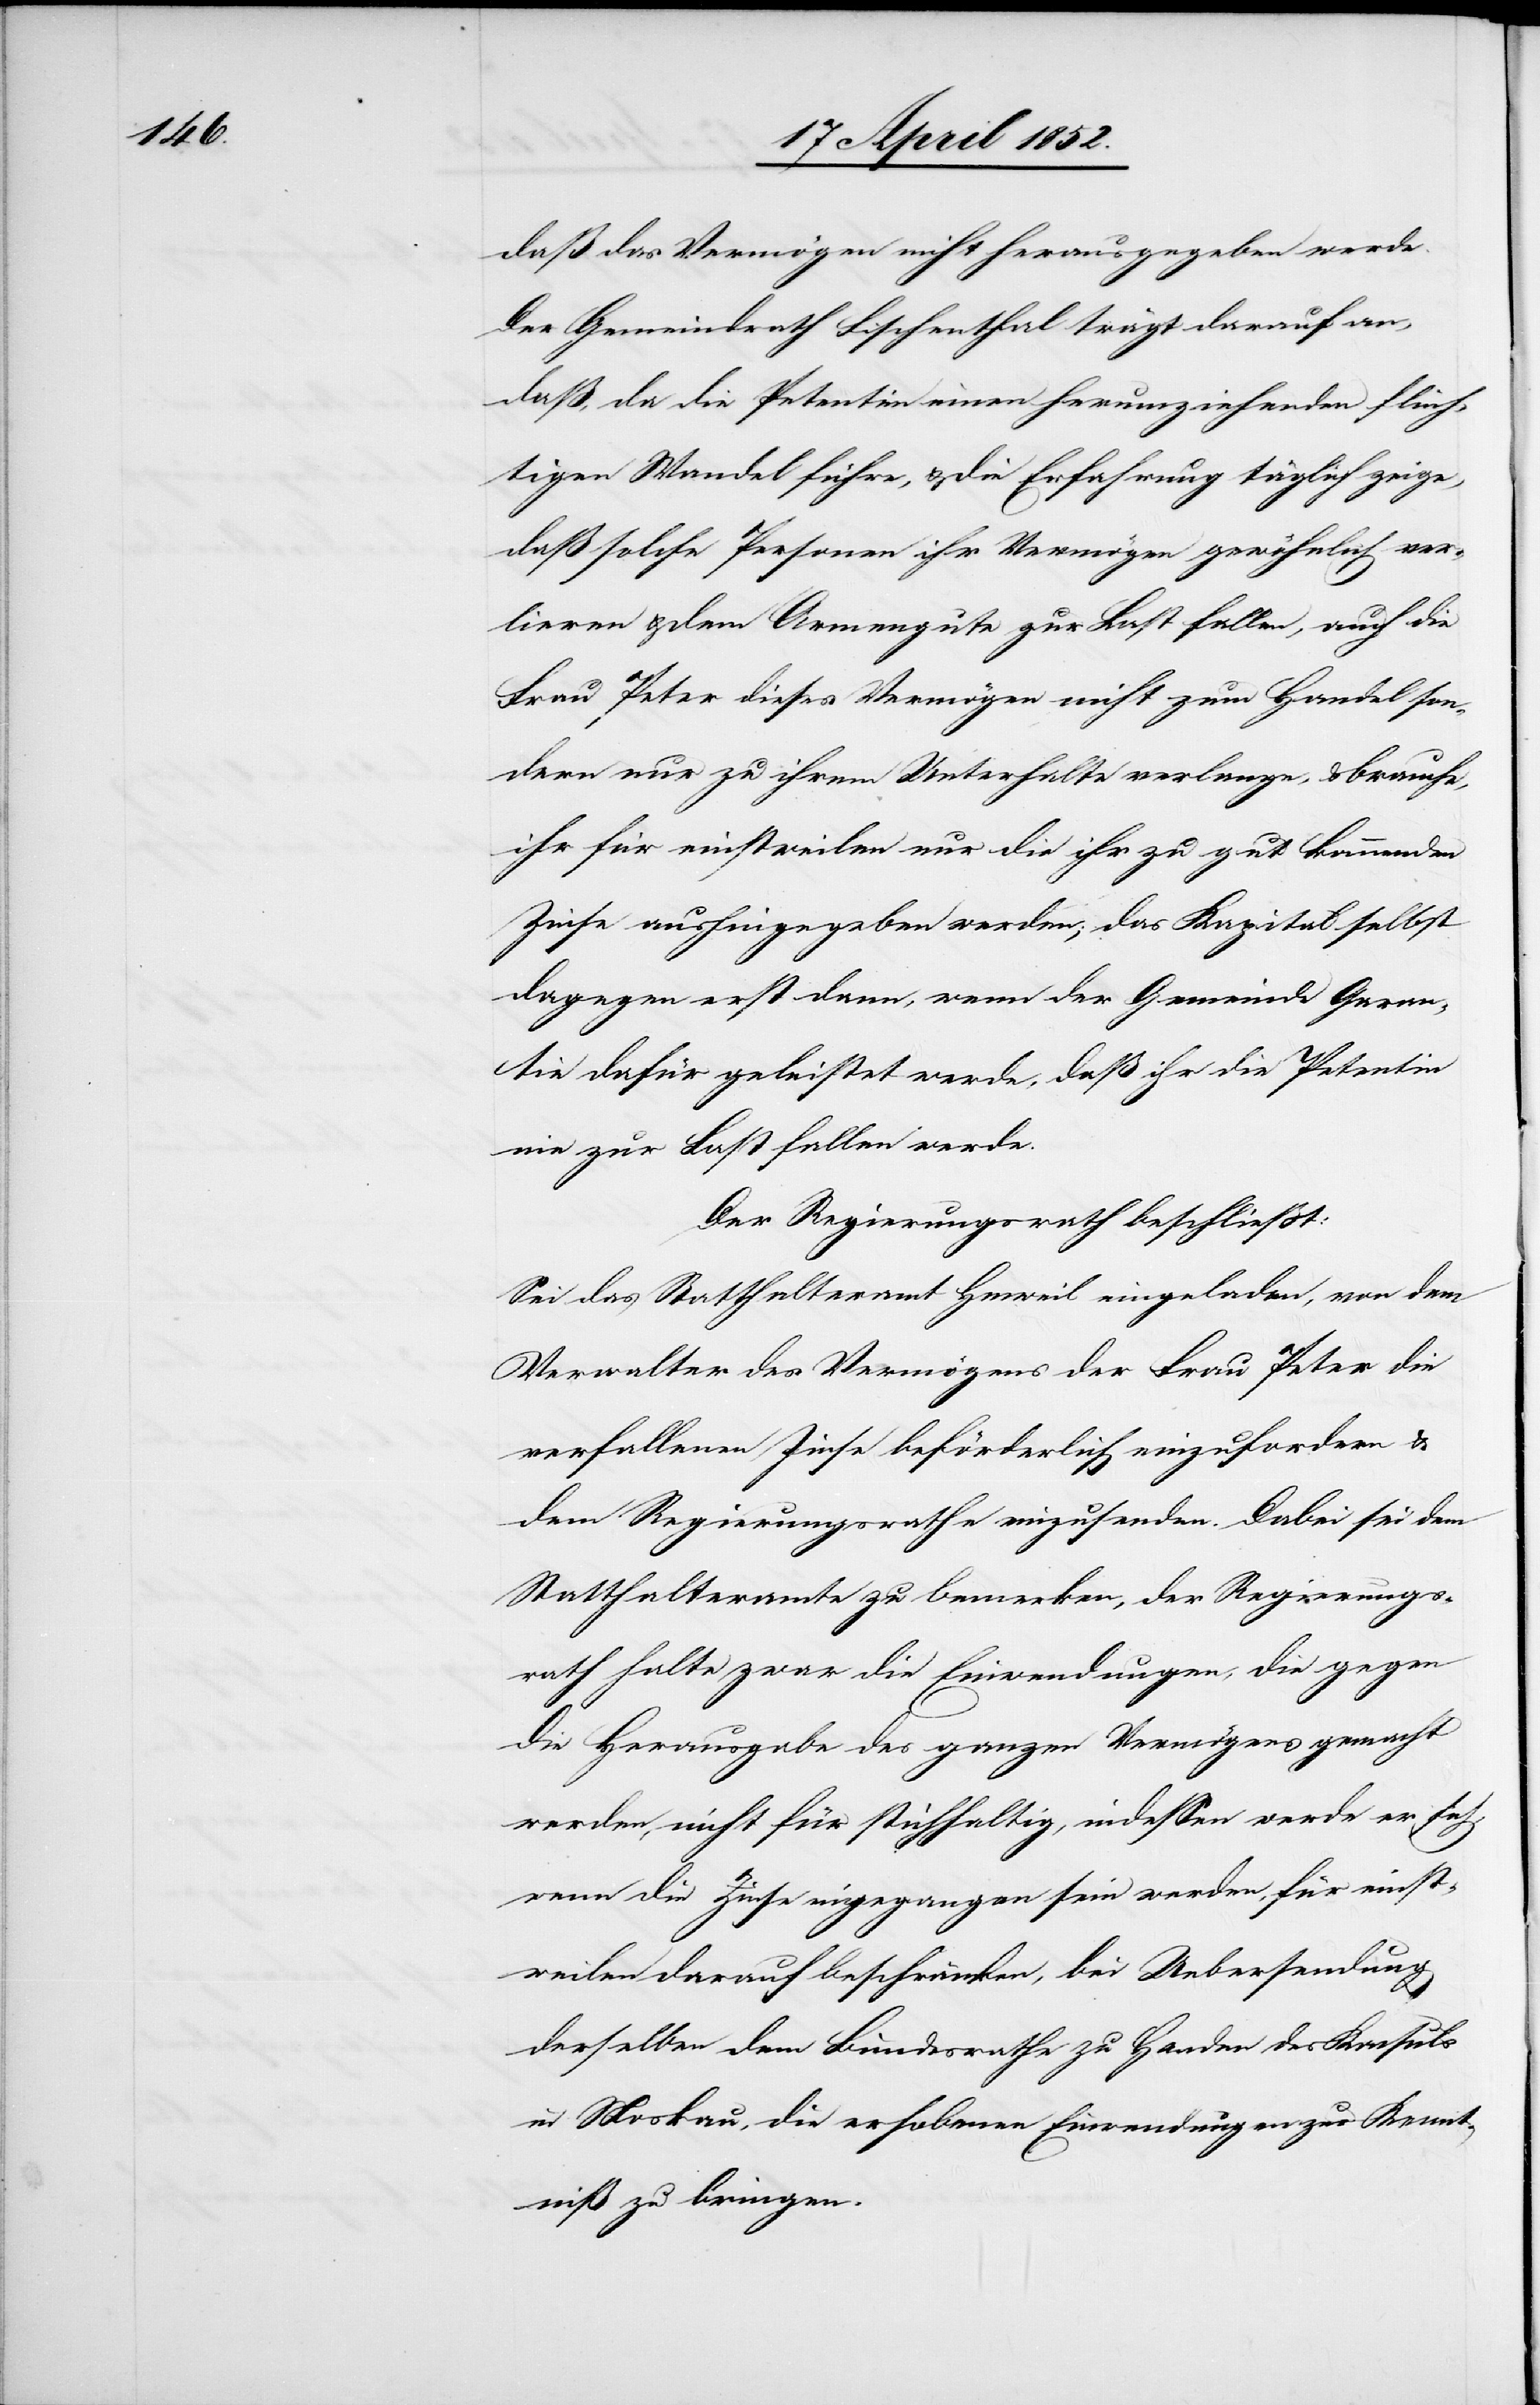
daß das Vermögen nicht herausgegeben werde.
Der Gemeindrath Fischenthal trägt darauf an,
daß, da die Petentin einen herumziehenden flüch¬
tigen Wandel führe, & die Erfahrung täglich zeige,
daß solche Personen ihr Vermögen gewöhnlich ver¬
lieren & dem Armengute zur Last fallen, auch die
Frau Peter dieses Vermögen nicht zum Handel son¬
dern nur zu ihrem Unterhalte verlange, & brauche,
ihr für einstweilen nur die ihr zu gut kommenden
Zinse aushingegeben werden; das Kapital selbst
dagegen erst dann, wenn der Gemeinde Garan¬
tie dafür geleistet werde, daß ihr die Petentin
nie zur Last fallen werde.
Der Regierungsrath beschliesst:
Sei das Statthalteramt Hinweil eingeladen, von dem
Verwalter des Vermögens der Frau Peter die
verfallenen Zinse beförderlich einzufordern &
dem Regierungsrathe einzusenden. Dabei sei dem
Statthalteramte zu bemerken, der Regierungs¬
rath halte zwar die Einwendungen, die gegen
die Herausgabe des ganzen Vermögens gemacht
werden, nicht für stichhaltig, indessen werde er sich,
wenn die Zinse eingegangen sein werden, für einst¬
weilen darauf beschränken, bei Uebersendung
derselben dem Bundesrathe zu Handen des Konsuls
in Moskau, die erhobenen Einwendungen zur Kennt¬
niß zu bringen.